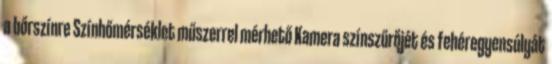
a bőrszínre Színhőmérséklet műszerrel mérhető Kamera színszűrőjét és fehéregyensúlyát